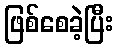
ဖြစ်စေခဲ့ပြီး